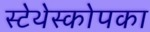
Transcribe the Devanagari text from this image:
स्टेथेस्कोपका